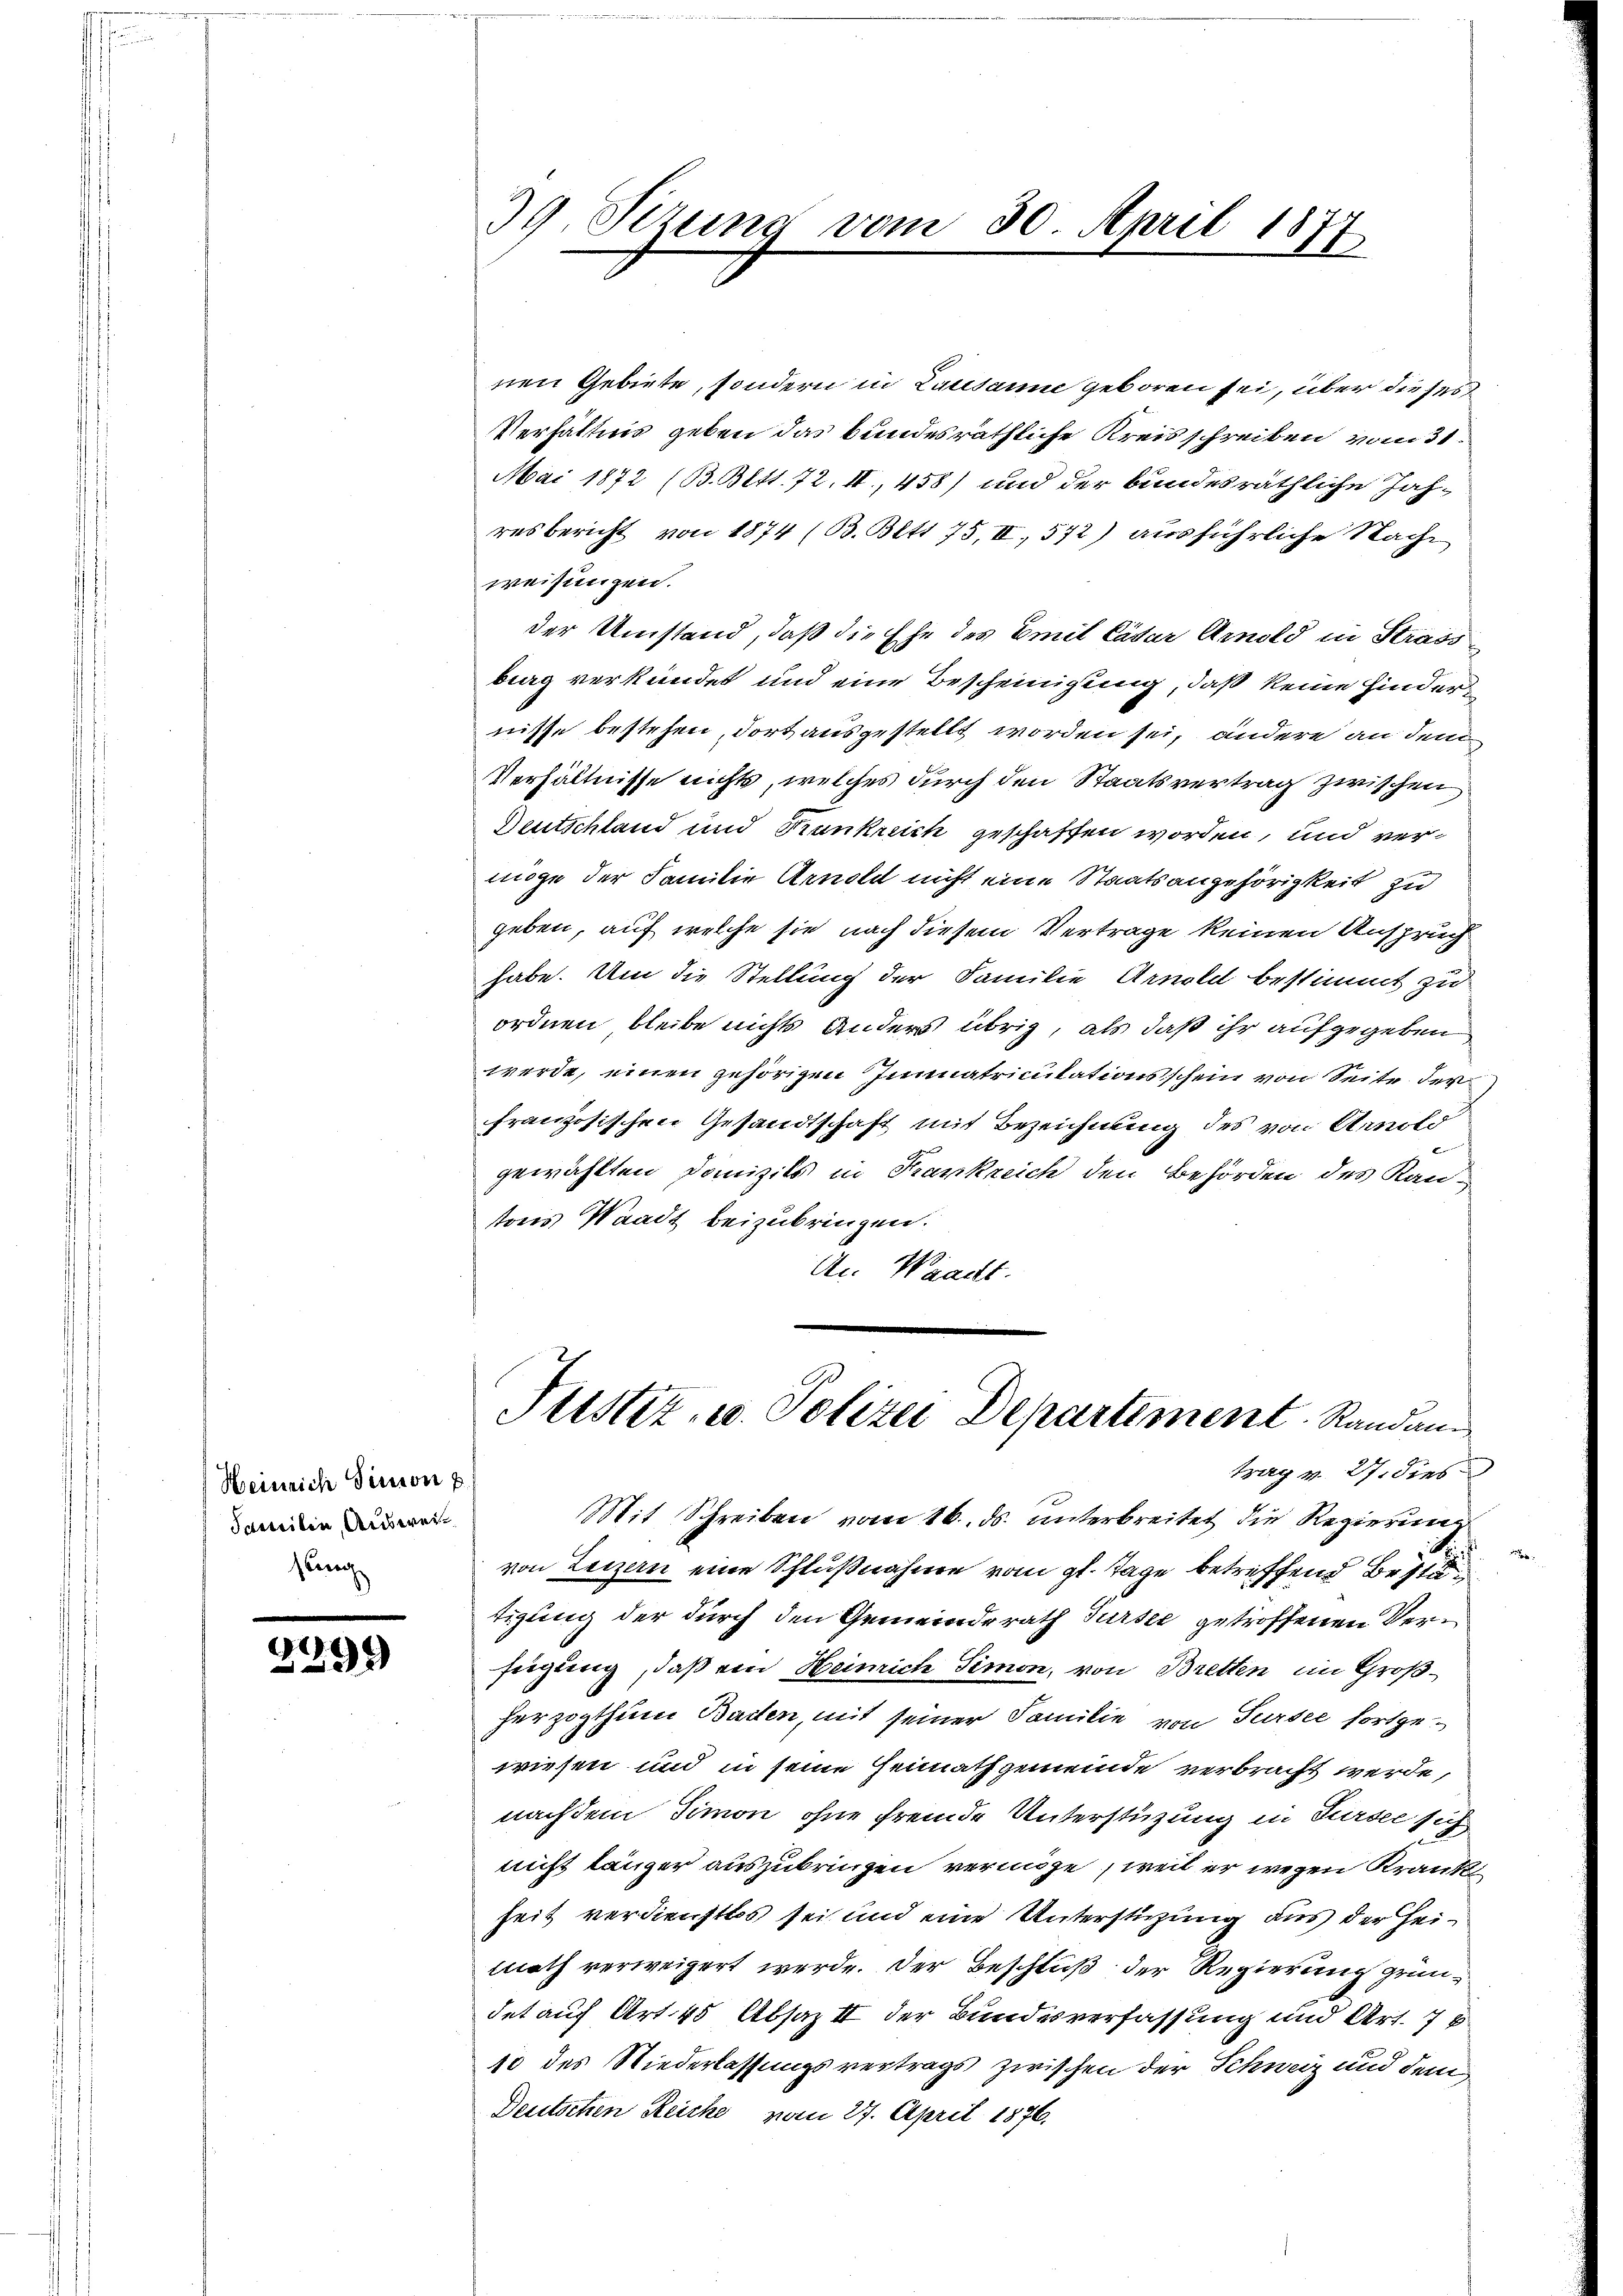
Heinrich Senion p
Familie, Auswei
sung

2299

39. Sezung vom 30. April 1877

nen Gebiete, sondern in Lausanne geboren sei, über dieser
Verhältnis geben das bundesräthliche Kreisschreiben vom 31.
Mai 1872 (B. Bett. 72. II., 458) und der bundesräthliche Jah-
resbericht von 1874 (B. Bett 75, II, 572) ausführliche Nache
weisungen.
der Umstand, daß die Ehe des Emil Cäsar Arnold in Strass
berg verkündet und eine Bescheinigung, daß keine Hindernisse bestehen, dort ausgestellt worden sei, andere an den
Verhältnisse nichts, welches durch den Staatsvertrag zwischen
Deutschland und Krankreich geschaffen worden, und vermöge der Familie Arnold nicht eine Staatsangehörigkeit zu
geben, auf welche sie nach diesem Vertrage keinen Anspruch
habe. Um die Stellung der Familie Arnold bestimmt zu
ordnen bleibe nichts anders übrig, als daß ihr aufgegeben
werde, einen gehörigen Immatriculationsschein von Seite der
französischen Gesandtschaft mit Bezeichnung des von Arnold
gewählten Domizils in Krankreich den Behörden des Kan-
tons Waadt beizubringen.
An Waadt.
Justiz- u. Polizei Departement Randam
trag v. 27. dies
Mit Schreiben vom 16. ds. unterbreitet die Regierung
von Luzern eine Schlußnahme vom gl. Tage betreffend Best
tigung der durch den Gemeinderath Sursee getroffenen Verfügung, daß ein Heinrich Simon, von Bretten im Großherzogthum Barten, mit seiner Familie von Sursee fortgewiesen und in seine Heimathgemeinde verbracht werde,
nachdem Simon ohne fremde Unterstützung in Turbe sich
nicht länger auszubringen vermöge weil er wegen Krank
heit verdienstlos sei und eine Unterstüzung aus der Heimath verweigert werde. Der Beschluß der Regierung gründet auf Art. 45 Absaz II der Bundesverfassung und Art. 76
10 des Niederlassungsvertrags zwischen der Schweiz und dem
Deutschen Reiche vom 27. April 1876.